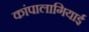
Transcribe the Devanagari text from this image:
कांपालागियाई